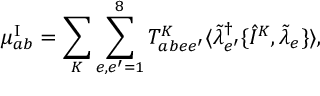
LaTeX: \mu _ { a b } ^ { \mathrm { I } } = \sum _ { K } \sum _ { e , e ^ { \prime } = 1 } ^ { 8 } T _ { a b e e ^ { \prime } } ^ { K } \langle \tilde { \lambda } _ { e ^ { \prime } } ^ { \dagger } \{ \hat { I } ^ { K } , \tilde { \lambda } _ { e } \} \rangle ,